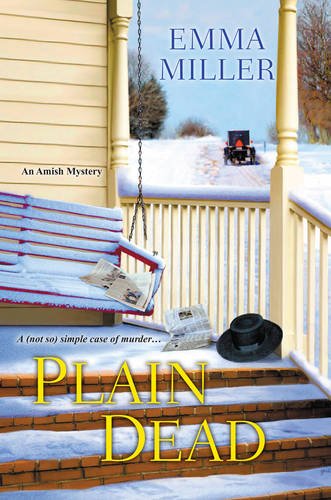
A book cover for Plain Dead (An Amish Mystery); Emma Miller; Christian Books & Bibles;